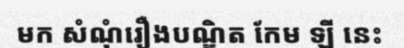
មក សំណុំរឿងបណ្ឌិត កែម ឡី នេះ